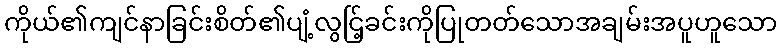
ကိုယ်၏ကျင်နာခြင်းစိတ်၏ပျံ့လွင်ြ့ခင်းကိုပြုတတ်သောအချမ်းအပူဟူသော